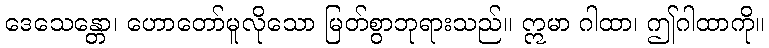
ဒေသေန္တော၊ ဟောတော်မူလိုသော မြတ်စွာဘုရားသည်။ ဣမာ ဂါထာ၊ ဤဂါထာကို။